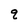
Character: q